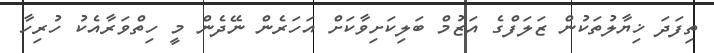
ތިފަދަ ޚިޔާލުތަކުން ޒަލަފްގެ އަޒުމް ބަލިކަށިވާކަށް އަހަރެން ނޭދެން މީ ހިތްވަރާއެކު ހުރިހާ